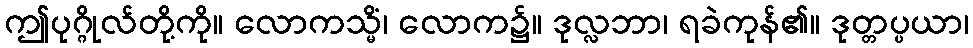
ဤပုဂ္ဂိုလ်တို့ကို။ လောကသ္မိံ၊ လောက၌။ ဒုလ္လဘာ၊ ရခဲကုန်၏။ ဒုတ္တပ္ပယာ၊